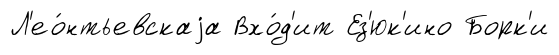
Л'ео́нтьевскаjа Вхо́д'ит Ез'юк'ино Борк'и